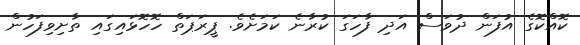
ކޮއްކޮގެ އުފަން ދުވަސް އަދި ފާހަގަ ކުރާނެ ކަމަށެވެ. ޕީރަޕަތް ހޮހޮޅައިގައި ތާށިވިފަހުން